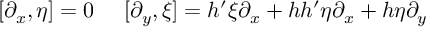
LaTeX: [ \partial _ { x } , \eta ] = 0 \ \ \ \ [ \partial _ { y } , \xi ] = h ^ { \prime } \xi \partial _ { x } + h h ^ { \prime } \eta \partial _ { x } + h \eta \partial _ { y }